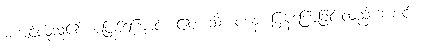
မကျင့်လိုသူ၏ အဖြစ်ကြောင့်။ ဧဝံ၊ သို့။ ဝစနံ၊ ပြန်ပြောခြင်းလည်းကောင်း။